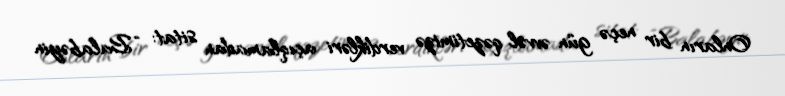
Onların bir neçə gün əvvəl qəzetimizə verdikləri açıqlamadan sitat: “Balabəyin